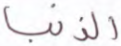
الذنب